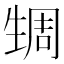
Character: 𬎹